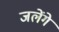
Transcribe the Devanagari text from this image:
जलेंगे